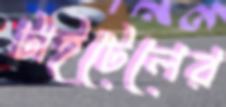
টাইটেলের